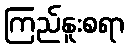
ကြည်နူးစရာ